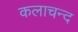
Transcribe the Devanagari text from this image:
कलाचन्द